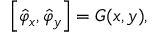
\left[ \hat { \varphi } _ { x } , \hat { \varphi } _ { y } \right] = G ( x , y ) ,